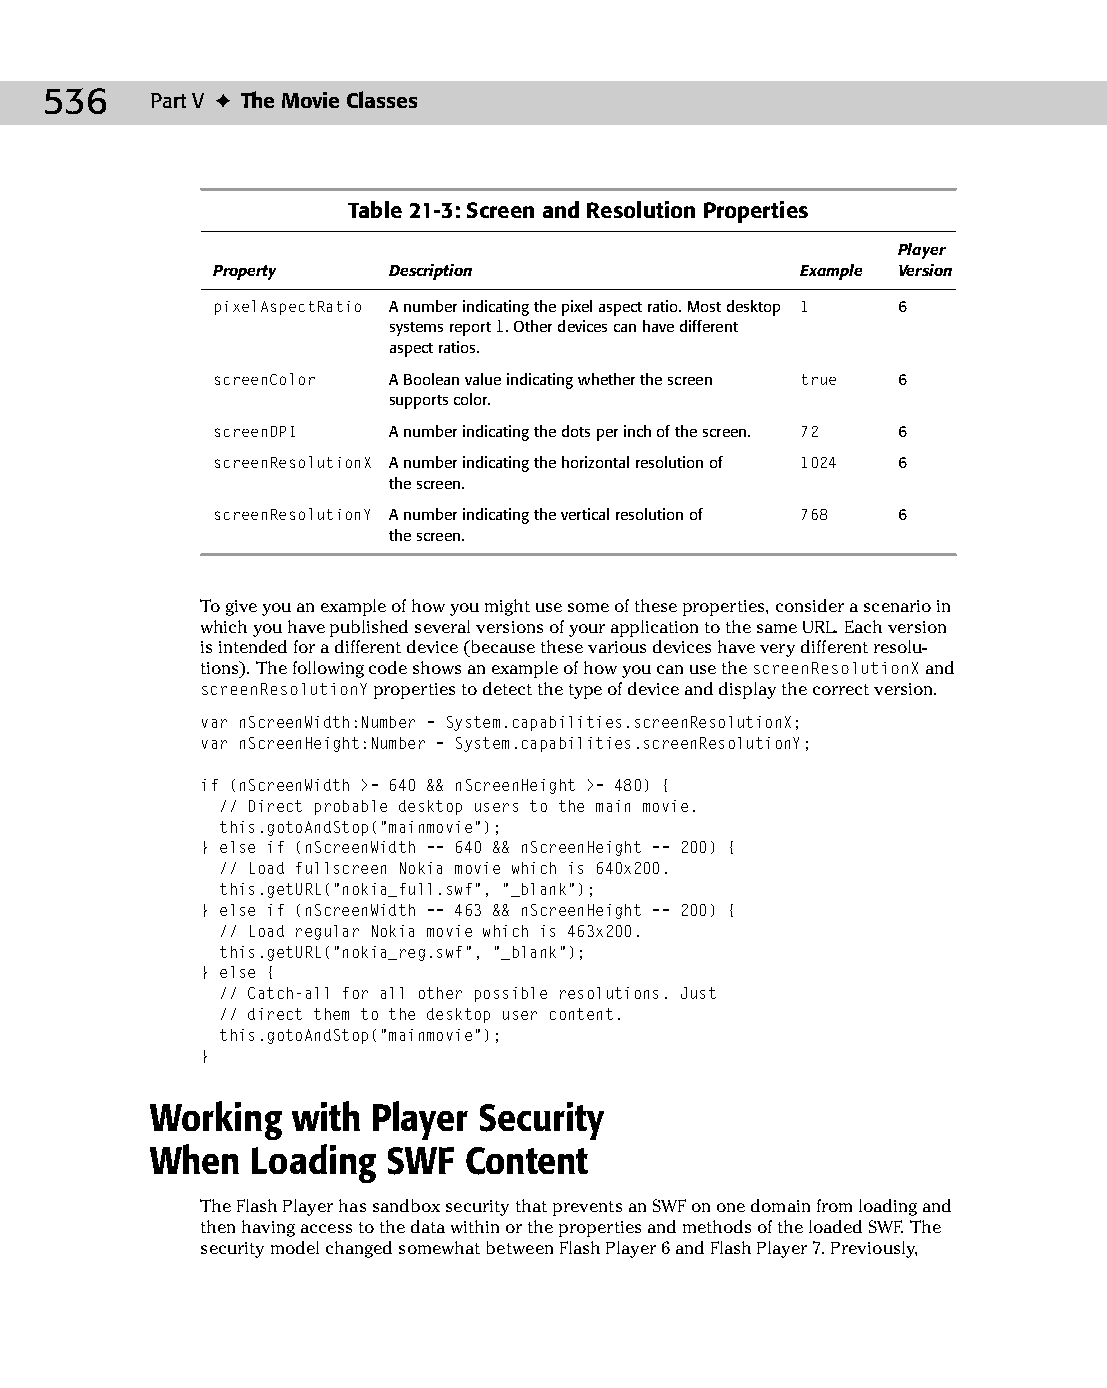
27 543547 ch21.qxd 3/24/04 4:10 PM Page 536
 536    Part V ✦ The Movie Classes
 Table 21-3: Screen and Resolution Properties
 Player
 Property    Description                Example Version
 pixelAspectRatio A number indicating the pixel aspect ratio. Most desktop 1 6
 systems report 1. Other devices can have different
 aspect ratios.
 screenColor A Boolean value indicating whether the screen true 6
 supports color.
 screenDPI   A number indicating the dots per inch of the screen. 72 6
 screenResolutionX A number indicating the horizontal resolution of 1024 6
 the screen.
 screenResolutionY A number indicating the vertical resolution of 768 6
 the screen.
 To give you an example of how you might use some of these properties, consider a scenario in
 which you have published several versions of your application to the same URL. Each version
 is intended for a different device (because these various devices have very different resolu­
 tions). The following code shows an example of how you can use the screenResolutionX and
 screenResolutionY properties to detect the type of device and display the correct version.
 var nScreenWidth:Number = System.capabilities.screenResolutionX;
 var nScreenHeight:Number = System.capabilities.screenResolutionY;
 if (nScreenWidth >= 640 && nScreenHeight >= 480) {
 // Direct probable desktop users to the main movie.
 this.gotoAndStop(“mainmovie”);
 } else if (nScreenWidth == 640 && nScreenHeight == 200) {
 // Load fullscreen Nokia movie which is 640x200.
 this.getURL(“nokia_full.swf”, “_blank”);
 } else if (nScreenWidth == 463 && nScreenHeight == 200) {
 // Load regular Nokia movie which is 463x200.
 this.getURL(“nokia_reg.swf”, “_blank”);
 } else {
 // Catch-all for all other possible resolutions. Just
 // direct them to the desktop user content.
 this.gotoAndStop(“mainmovie”);
 }
 Working  with  Player Security
 When   Loading  SWF  Content
 The Flash Player has sandbox security that prevents an SWF on one domain from loading and
 then having access to the data within or the properties and methods of the loaded SWF. The
 security model changed somewhat between Flash Player 6 and Flash Player 7. Previously,